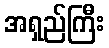
အရှည်ကြီး